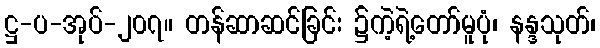
ဋ္ဌ-ပ-အုပ်-၂၀၇။ တန်ဆာဆင်ခြင်း ၌ကဲ့ရဲ့တော်မူပုံ၊ နန္ဒသုတ်၊